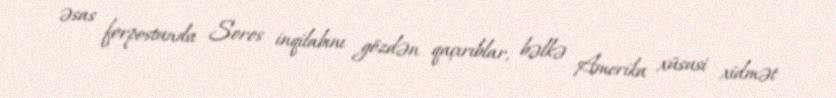
əsas forpostunda Soros inqilabını gözdən qaçırıblar, bəlkə Amerika xüsusi xidmət